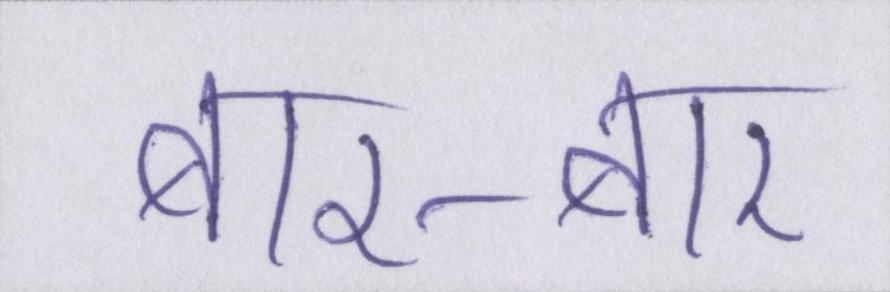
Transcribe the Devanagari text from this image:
बार-बार